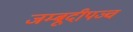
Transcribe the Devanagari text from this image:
जम्बूदीपञ्च